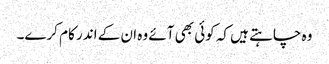
وہ چاہتے ہیں کہ کوئی بھی آئے وہ ان کے اندر کام کرے۔